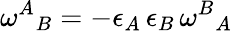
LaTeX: \omega^{A}{}_{B}=-\epsilon_{A}\, \epsilon_{B}\, \omega^{B}{}_{A}